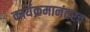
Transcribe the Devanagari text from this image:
कार्यक्रमानंतरच